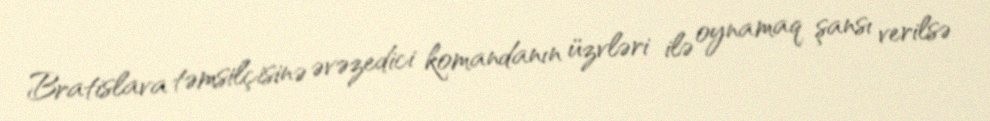
Bratislava təmsilçisinə əvəzedici komandanın üzvləri ilə oynamaq şansı verilsə